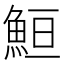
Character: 䱎